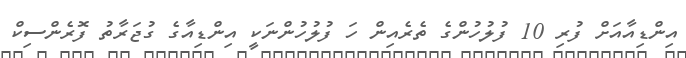
އިންޑިއާއަށް ފުރި 10 ފުލުހުންގެ ތެރެއިން ހަ ފުލުހުންނަކީ އިންޑިއާގެ ގުޖަރާތު ފޮރެންސިކް